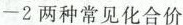
-2两种常见化合价